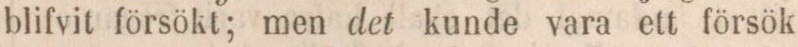
blifvit försökt; men det kunde vara ett försök